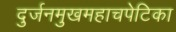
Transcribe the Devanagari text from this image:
दुर्जनमुखमहाचपेटिका